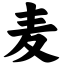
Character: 麦